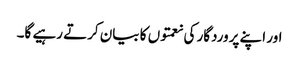
اور اپنے پروردگار کی نعمتوں کا بیان کرتے رہیے گا۔